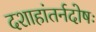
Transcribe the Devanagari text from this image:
दशाहांतर्नदोषः